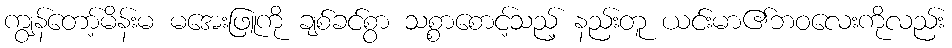
ကျွန်တော့်မိန်းမ မအေးဖြူကို ချစ်ခင်စွာ သစ္စာစောင့်သည့် နည်းတူ ယင်းမာ၏ဘဝလေးကိုလည်း